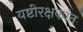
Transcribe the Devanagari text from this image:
यष्टीरक्षकांत